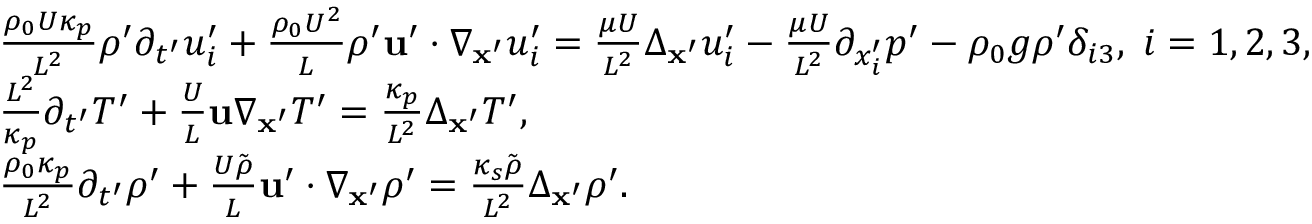
\begin{array} { r l } & { \frac { \rho _ { 0 } U \kappa _ { p } } { L ^ { 2 } } \rho ^ { \prime } \partial _ { t ^ { \prime } } u _ { i } ^ { \prime } + \frac { \rho _ { 0 } U ^ { 2 } } { L } \rho ^ { \prime } \mathbf { u } ^ { \prime } \cdot \nabla _ { \mathbf { x } ^ { \prime } } u _ { i } ^ { \prime } = \frac { \mu U } { L ^ { 2 } } \Delta _ { \mathbf { x } ^ { \prime } } u _ { i } ^ { \prime } - \frac { \mu U } { L ^ { 2 } } \partial _ { x _ { i } ^ { \prime } } p ^ { \prime } - \rho _ { 0 } g \rho ^ { \prime } \delta _ { i 3 } , \; i = 1 , 2 , 3 , } \\ & { \frac { L ^ { 2 } } { \kappa _ { p } } \partial _ { t ^ { \prime } } T ^ { \prime } + \frac { U } { L } \mathbf { u } \nabla _ { \mathbf { x } ^ { \prime } } T ^ { \prime } = \frac { \kappa _ { p } } { L ^ { 2 } } \Delta _ { \mathbf { x } ^ { \prime } } T ^ { \prime } , } \\ & { \frac { \rho _ { 0 } \kappa _ { p } } { L ^ { 2 } } \partial _ { t ^ { \prime } } \rho ^ { \prime } + \frac { U \tilde { \rho } } { L } \mathbf { u } ^ { \prime } \cdot \nabla _ { \mathbf { x } ^ { \prime } } \rho ^ { \prime } = \frac { \kappa _ { s } \tilde { \rho } } { L ^ { 2 } } \Delta _ { \mathbf { x } ^ { \prime } } \rho ^ { \prime } . } \end{array}